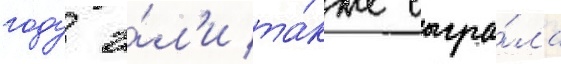
году э́л'и та́кже сыгра́ла